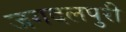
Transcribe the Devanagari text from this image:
जगदलपुरी